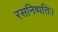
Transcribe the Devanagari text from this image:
रसनिष्पत्तिः।